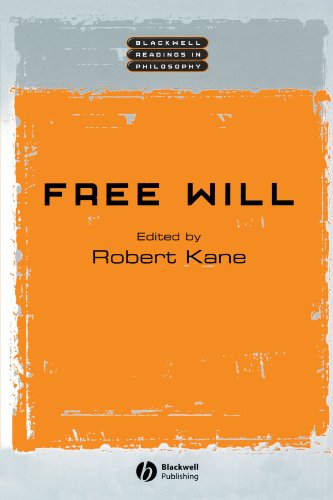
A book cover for Free Will; Politics & Social Sciences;